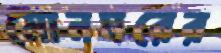
মোনঘরের